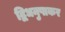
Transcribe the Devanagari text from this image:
द्विधनुषाकर